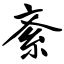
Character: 紊